Civil Veterinary Dept. Bombay admin report 1893-99 - 1893-1899
Year: 1893
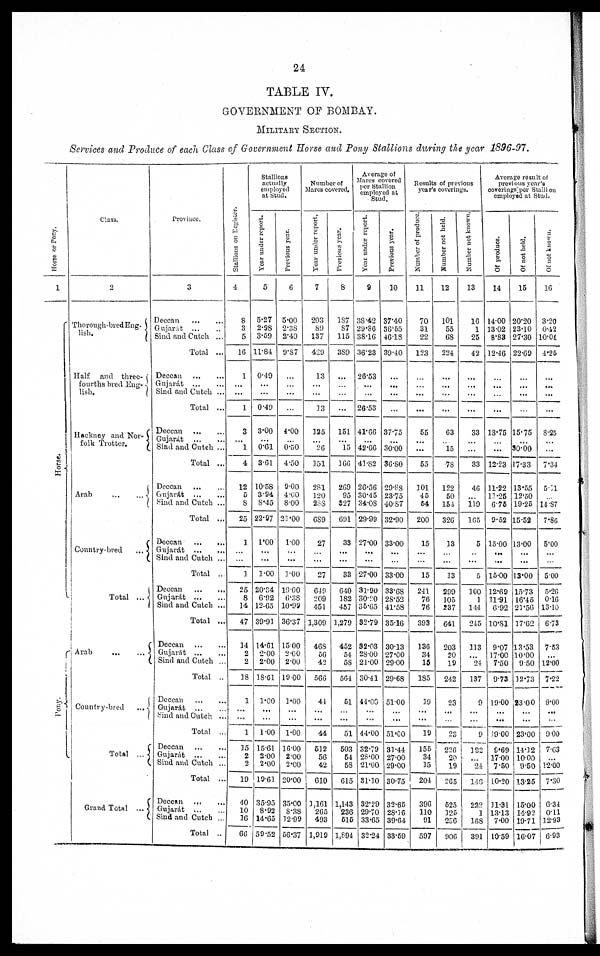
24
TABLE IV.
GOVERNMENT OF BOMBAY.
MILITARY SECTION.
Services and Produce of each Class of Government Horse and Pony Stallions during the year 1896-97.
Hor s e or Pony.
1
Hor s e.
Pony.
Class.
2
Thorough-bredEng-
lish.
Half
and three-
fourths bred Eng-
lish.
Hackney and Nor-
folk Trotter.
Arab
...
...
Country-bred
...
Total
...
Arab
...
...
Country-bred
...
Total
...
Grand Total ...
Province.
3
Deccan
...
...
Gujarát
...
...
Sind and Cutch ...
Total ...
Deccan
...
...
Gujarat
...
...
Sind and Cutch ...
Total ...
Deccan
...
...
Gujarát ... ...
Sind and Cutch ...
Total ...
Deccan
...
...
Gujarát
...
...
bind and Catch ...
Total ...
Deccan
...
...
Gujarát
...
...
Sind and Cutch ...
Total ...
Deccan
...
...
Gujarát
...
...
Sind and Cutch ...
Total ...
Deccan
...
...
Gujarát
...
...
Sind and Cutch ...
Total ..
Deccan
...
...
Gujarat
...
...
Sind and Cutch ..
Total ...
Deccan
...
...
Gujarát
...
...
Sind and Cutch ...
Total ...
Deccan
...
...
Gujarát
...
...
Sind and Cutch ...
Total ...
Stallions on Register.
4
8
3
5
16
1
...
...
1
3
...
1
4
12
5
8
25
1
...
...
1
25
8
14
47
14
2
2
18
1
...
...
1
15
2
2
19
40
10
16
66
Stallions
actually
employed
at Stud.
Year under report.
5
5.27
2.98
3.59
11.84
0.49
...
...
0.49
3.00
... 0.61
3.01
10.58
3.94
8.45
22.97
1.00
...
...
1.00
20.34
6.92
12.65
39.91
14.51
2.00
2.00
18.61
1.00
...
...
1.00
15.61
2.00
2.00
19.61
35.95
8.92
14.65
59.52
Previous year.
6
5.00
2.38
2.49
9.87
...
...
...
...
4.00
...
0.50
4.50
9.00
4.00
8.00
21.00
1.00
...
...
1.00
19.00
6.38
10.99
36.37
15.00
2.00
2.00
19.00
1.00
...
...
1.00
16.00
2.00
2.00
20.00
35.00
8.38
12.99
56.37
Number of
Mares covered.
Year under report,
7
203
89
137
429
13
...
...
13
125
... 26
151
281
120
288
689
27
...
...
27
649
209
451
1,309
468
56
42
566
44
...
...
44
512
56
42
610
3,161
265
498
1,919
Previous year.
8
187
87
115
389
...
...
...
...
151
... 15
166
269
95
327
691
33
...
...
33
640
182
457
1,279
452
54
58
564
51
...
...
51
503
54
58
615
1,148
256
515
1,894
Average of
Marcs covered
per Stallion
employed at
Stud.
Year under report.
9
38.42
29.86
38.16
36.23
26.53
...
...
26.58
41.66
... 42.66
41.82
26.56
30.45
34.08
29.99
27.00
...
...
27.00
31.90
30.20
35.65
32.79
32.03
28.00
21.00
30.41
44.00
...
...
44.00
32.79
28.00
21.00
31.10
32.29
29.70
33.65
32.24
Previous year.
10
37.40
36.55
4618
39.40
...
...
...
...
37.75
... 30.00
36.80
29.88
23.75
40.87
32.90
33.00
...
...
33.00
38.68
28.52
41.58
35.16
30.13
27.00
29.00
29.68
51.00
...
...
51.00
31.44
27.00
29.00
30.75
32.55
28.16
89.64
33.59
Results of previous
year's coverings.
Number of produce.
11
70
31
22
123
...
...
...
...
55
...
...
55
101
45
54
200
15
...
...
15
241
76
76
898
136
34
15
185
39
...
...
19
155
34
15
204
396
110
91
597
Number not held.
12
101
55
68
224
...
...
...
...
63
... 15
78
122
50
154
326
13
...
...
13
299
105
237
641
203
20
19
242
23
...
...
23
226
20
19
265
525
125
256
906
Number not known.
13
16
1
25
42
...
...
...
...
33
...
...
33
46
...
119
165
5
..
...
5
100
1
144
245
113
...
24
137
9
...
...
9
322
...
24
146
222
1
168
391
Average result of
previous year's
coverings per Stallion
employed at Stud.
Of produce.
14
14.00
13.02
8.88
12.46
...
...
...
...
18.75
...
...
12.28
11.22
11.25
6.76
9.52
15.00
...
...
15.00
12.69
11.91
6.92
10.81
9.07
17.00
7.50
9.73
19.00
...
...
19.00
9.69
17.00
7.50
10.20
11.31
13.13
7.00
10.59
Of not held.
15
20.20
23.10
27.30
22.69
...
...
...
...
15.75
...
30.00
17.33
13.55
12.50
19.25
15.52
13.00
...
...
13.00
15.73
16.45
21.56
17.62
13.53
10.00
9.50
12.73
23.00
...
...
23.00
14.12
10.00
9.50
13.25
15.00
14.92
19.71
16.07
Of not known.
16
3.20
0.42
10.04
4.25
...
...
...
...
8.25
...
...
7.34
5.41
...
14.87
7.86
5.00
...
...
5.00
5.26
0.16
13.10
6.73
7.53
...
12.00
7.22
9.00
...
...
9.00
7.63
...
12.00
7.30
6.34
0.11
12.93
6.98